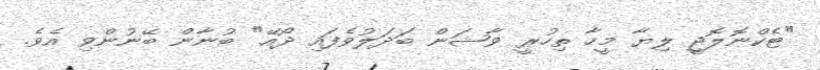
"ޓެކްނޮލޮޖީ ލިޔާ މީހާ ތިހުރީ ވާޝަން ބަދަލުވެފައި ދޯއޭ" ބުނާން ބޭނުންވި އެވެ.